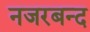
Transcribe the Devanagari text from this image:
नजरबन्‍द